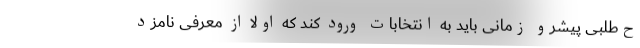
ح‌طلبیِ پیشرو زمانی باید به انتخابات ورود کند که اولاً از معرفی نامزد